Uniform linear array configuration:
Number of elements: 64
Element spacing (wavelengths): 0.75
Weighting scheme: exponential
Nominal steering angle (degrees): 30
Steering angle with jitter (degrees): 30.031
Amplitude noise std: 0.05
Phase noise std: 0.05

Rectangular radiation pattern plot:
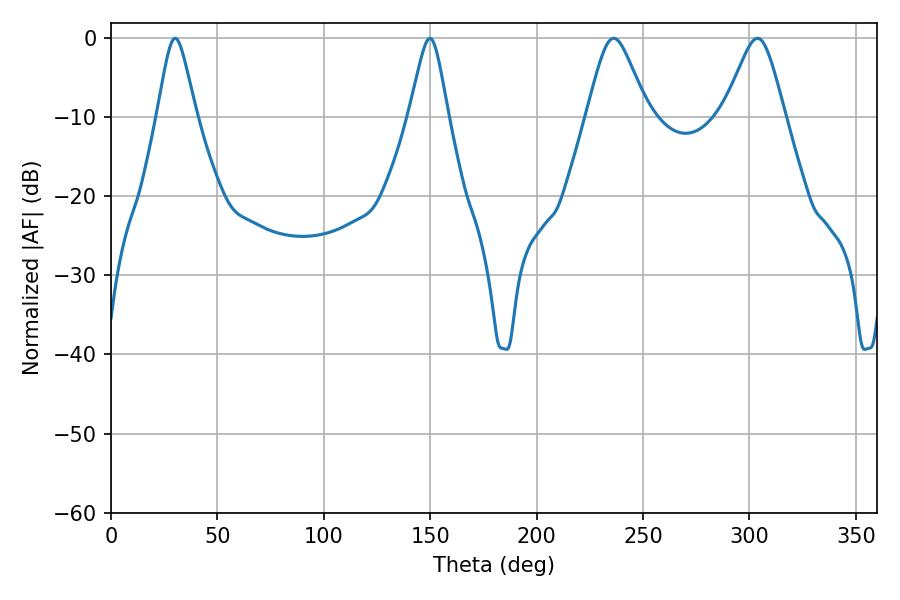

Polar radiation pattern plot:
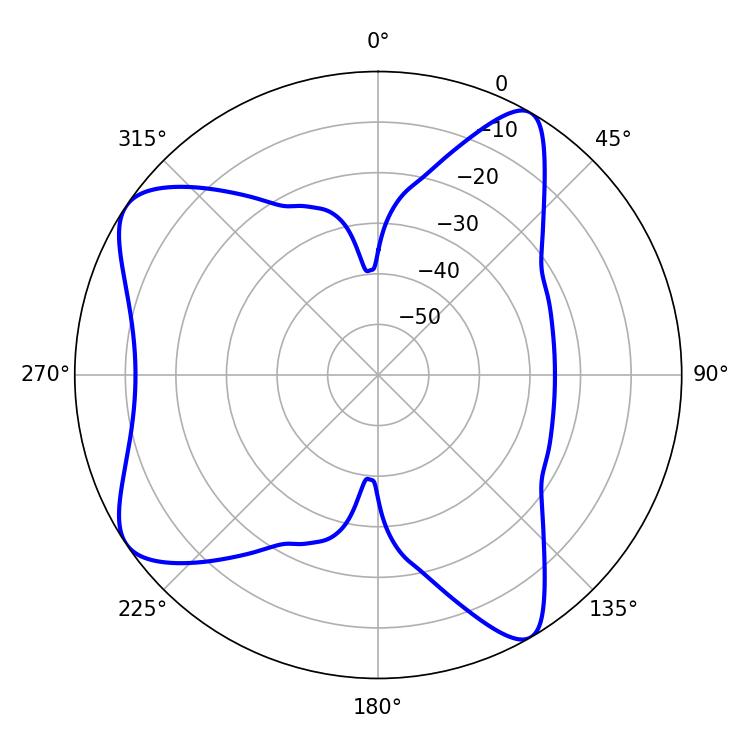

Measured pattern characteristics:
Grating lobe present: TRUE
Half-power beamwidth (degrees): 13.86
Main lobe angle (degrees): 236.16